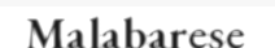
Malabarese